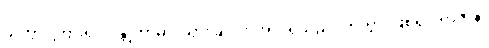
သုတွာ၊ ကြား၍။ ဂန္တုကာမာ၊ သွားခြင်းငှာအလိုရှိသည်။ ဟုတွာ၊ ဖြစ်၍။ ရာဇာနံ၊